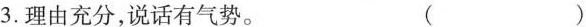
3.理由充分，说话有气势。 ( )